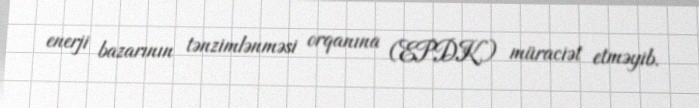
enerji bazarının tənzimlənməsi orqanına (EPDK) müraciət etməyib.